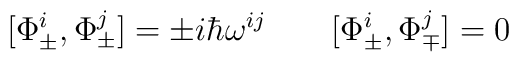
\bigl[\Phi^{i}_{\pm},\Phi^{j}_{\pm}\bigr] = \pm i\hbar\omega^{ij}\qquad   \bigl[\Phi^{i}_{\pm},\Phi^{j}_{\mp}\bigr] = 0